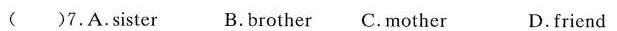
（ ）7.A.sister B.brother C.mother D.friend